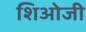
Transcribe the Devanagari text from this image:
शिओजी